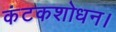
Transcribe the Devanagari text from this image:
कंटकशोधन।